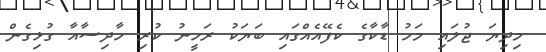
މިދިޔަ ޖުލައި މަހު ޑާކާގެ ކެފޭއެއްގައި ބަޔަކު ރަހީނު ކުރި ހާދިސާއާ ގުޅިގެން